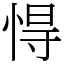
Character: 㥂